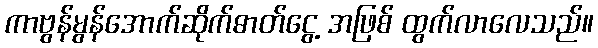
ကာဗွန်မွန်အောက်ဆိုက်ဓာတ်ငွေ့ အဖြစ် ထွက်လာလေသည်။